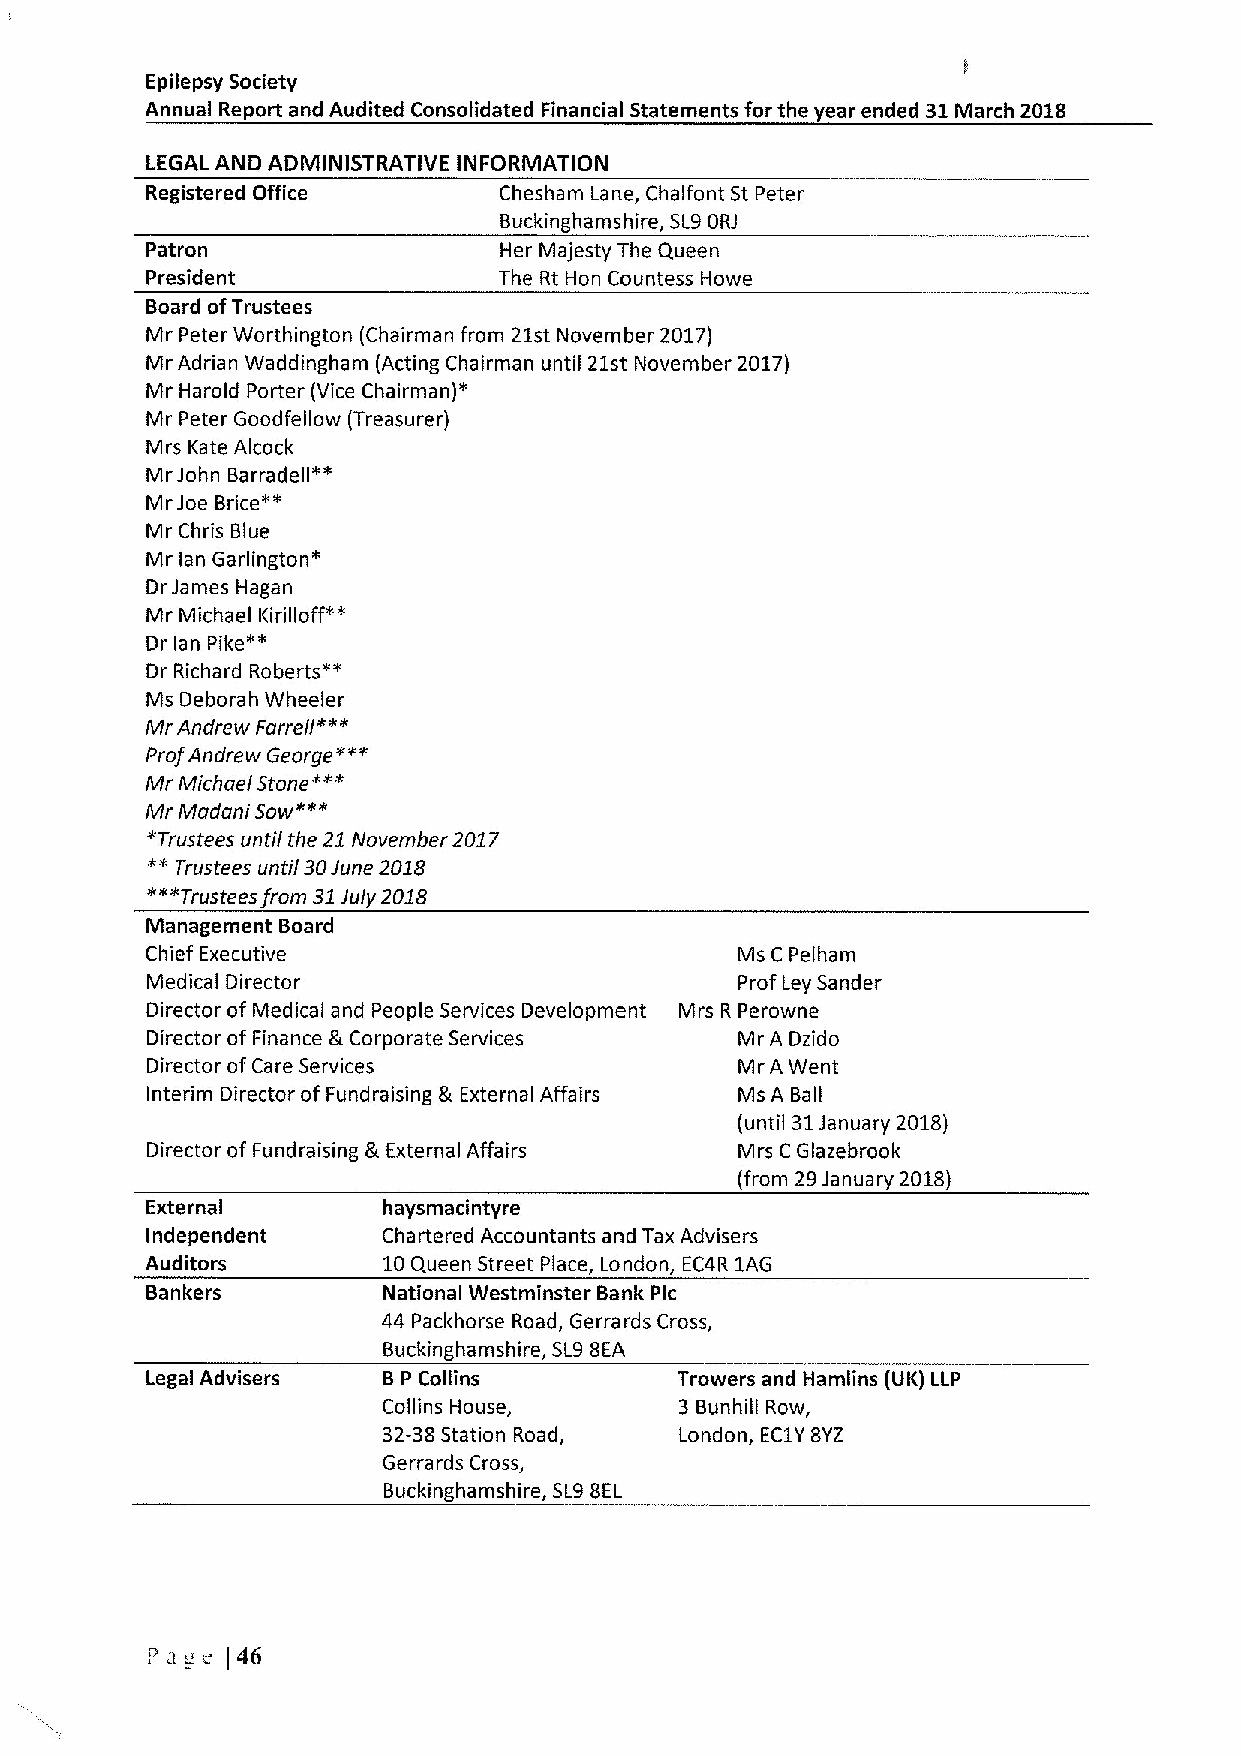
Epilepsy Society
 Annual Report and Audited Consolidated Financial Statements for the year ended 31March 2018
 LEGAL AND ADMINISTRATIVE INFORMATION
 Registered Office      Chesham Lane, Chalfont St Peter
 Buckinghamshire, SL9ORJ
 Patron                 Her Majesty The Queen
 President              The Rt Hon Countess Howe
 Board ofTrustees
 Mr Peter Worthington (Chairman from 21st November 2017)
 Mr Adrian Waddingham (Acting Chairman until 21st November 2017)
 Mr Harold Porter (Vice Chairman)*
 Mr Peter Goodfellow (Treasurer)
 Mrs Kate Alcock
 Mr John Barradell»»
 Mr Joe Brice»«
 Mr Chris Blue
 Mr lan Garlington'
 Dr James Hagan
 Mr Michael Kirilloff»*
 Dr lan Pike*"
 Dr Richard Roberts**
 Ms Deborah Wheeler
 Mr Andrew Farrell"**
 ProfAndrew George»»«
 Mr Michael Stone«"«
 Mr Madani Sow«««
 "Trustees until the 21November 2017
 "*
 Trustees until30 June 2018
 «*"Trustees from 31July 2018
 Management Board
 Chief Executive                        Ms C Pelham
 Medical Director                       Prof Ley Sander
 Director of Medical and People Services Development Mrs R Perowne
 Director of Finance 8 Corporate Services Mr A Dzido
 Director ofCare Services               Mr A Went
 Interim Director of Fundraising & External Affairs Ms A Ball
 (until 31January 2018)
 Director of Fundraising &External Affairs Mrs C Glazebrook
 (from 29Janua ry 2018)
 External       haysmacintyre
 Independent    Chartered Accountants and Tax Advisers
 Auditors       10Queen Street Place, London, EC4R 1AG
 Bankers        National Westminster Bank Pic
 44 Packhorse Road, Gerrards Cross,
 Buckinghamshire, SL98EA
 Legal Advisers 8 P Collins         Trowers and Hamlins (IJK)LLP
 Collins House,      3 Bunhill Row,
 32-38Station Road,  London, EC1Y8Y2
 Gerrards Cross,
 Buckinghamshire, SL9BEL
 Pa c (46